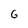
Character: 6